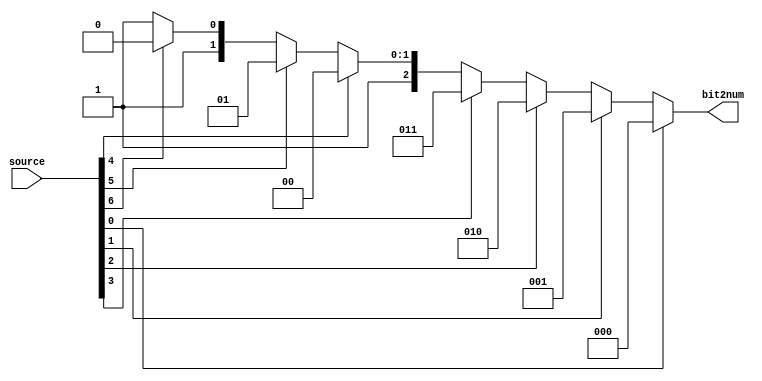
module Bit_To_Num (
    input wire [7:0] source,
    output wire [2:0] bit2num
);

    assign bit2num = (source[0]) ? 3'b000 :
                    (source[1]) ? 3'b001 :
                    (source[2]) ? 3'b010 :
                    (source[3]) ? 3'b011 :
                    (source[4]) ? 3'b100 :
                    (source[5]) ? 3'b101 :
                    (source[6]) ? 3'b110 :
                    (source[7]) ? 3'b111 : 3'b111;

endmodule